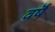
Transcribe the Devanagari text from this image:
वर्षॆं